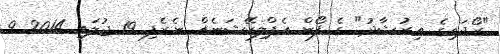
"ރޯދައިގެ އިރުޝާދު" ގެ ފޯން އެޕްލިކޭޝަނެއް ނެރެފި 19 ޖުލައި 2014 9